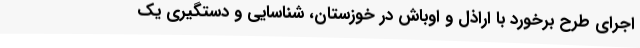
اجرای طرح برخورد با اراذل و اوباش در خوزستان، شناسایی و دستگیری یک